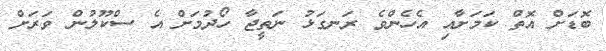
ބޮޑަށް އޮތް ކަމަށާއި އެހެންވެ ރަނގަޅު ނަތީޖާ ހޯދުމަށް އެ ސްކޫލުން ވަރަށް